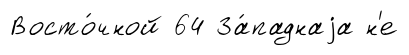
Восто́чной 64 За́паднаjа н'е